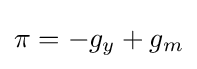
\pi =-g_{y}+g_{m}